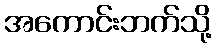
အကောင်းဘက်သို့